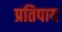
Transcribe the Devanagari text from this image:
प्रतिपाय